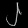
Digit: ၂